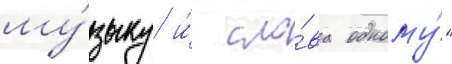
му́зыку и́ сло́ва одному́"